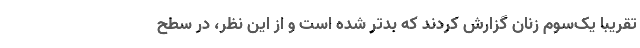
تقریبا یک‌سوم زنان گزارش کردند که بدتر شده است و از این نظر، در سطح